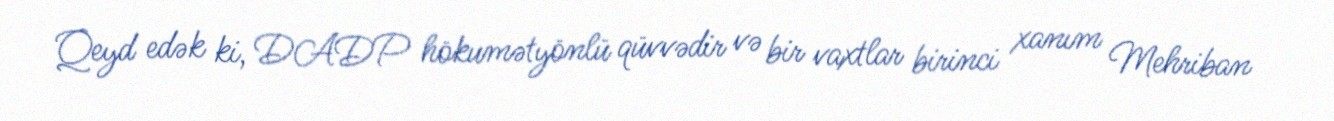
Qeyd edək ki, DADP hökumətyönlü qüvvədir və bir vaxtlar birinci xanım Mehriban